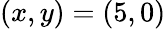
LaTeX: (x,y)=(5,0)